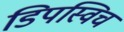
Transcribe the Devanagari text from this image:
डिपस्विच